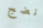
نضج